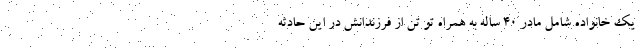
یک خانواده شامل مادر ۴۰ ساله به همراه تو تن از فرزندانش در این حادثه